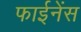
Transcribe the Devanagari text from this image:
फाईनेंस